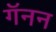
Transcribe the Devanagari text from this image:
गॅनन